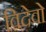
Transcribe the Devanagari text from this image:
विदेवो